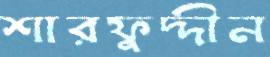
শারফুদ্দীন